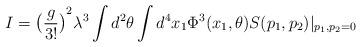
LaTeX: \begin{align*}I={\big(\frac{g}{3!}\big)}^2\lambda^3\int d^2\theta \int d^4 x_1 \Phi^3(x_1,\theta)S(p_1,p_2)|_{p_1,p_2=0}\end{align*}